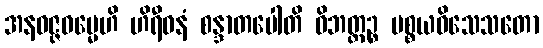
အနဝဇ္ဇဓမ္မေဟိ ဟိရီဓနံ စန္ဒာတပေါတိ ဝိဘတ္တဉ္စ ပစ္စယဝိသေသတော